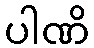
ပါဏိ